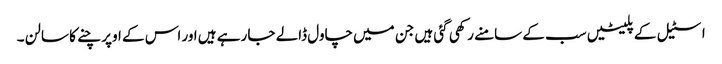
اسٹیل کے پلیٹیں سب کے سامنے رکھی گئی ہیں جن میں چاول ڈالے جا رہے ہیں اور اس کے اوپر چنے کا سالن ۔